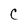
Character: C